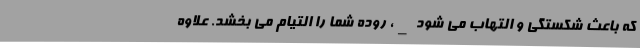
که باعث شکستگی و التهاب می شود _، روده شما را التیام می بخشد. علاوه